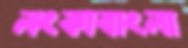
লংকাবাংলা